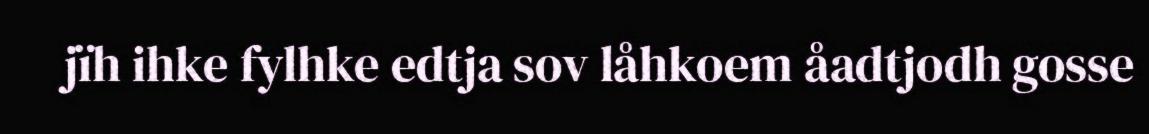
jïh ihke fylhke edtja sov låhkoem åadtjodh gosse